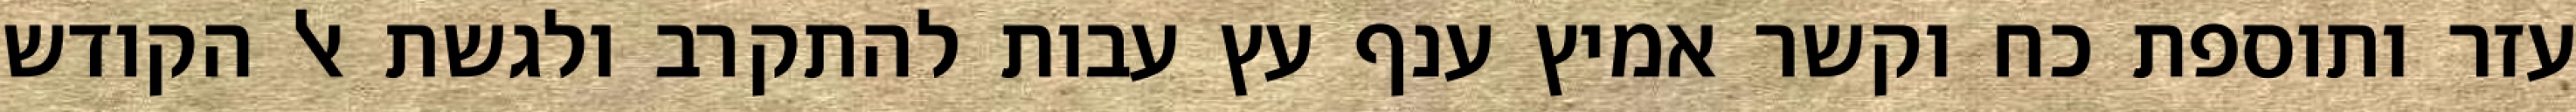
עזר ותוספת כח וקשר אמיץ ענף עץ עבות להתקרב ולגשת אל הקודש